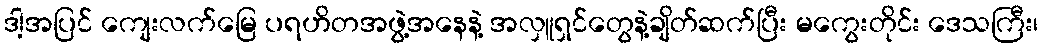
ဒါ့အပြင် ကျေးလက်မြေ ပရဟိတအဖွဲ့အနေနဲ့ အလှူရှင်တွေနဲ့ချိတ်ဆက်ပြီး မကွေးတိုင်း ဒေသကြီး၊